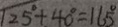
1 2 5 ^ { \circ } + 4 0 ^ { \circ } = 1 6 5 ^ { \circ }